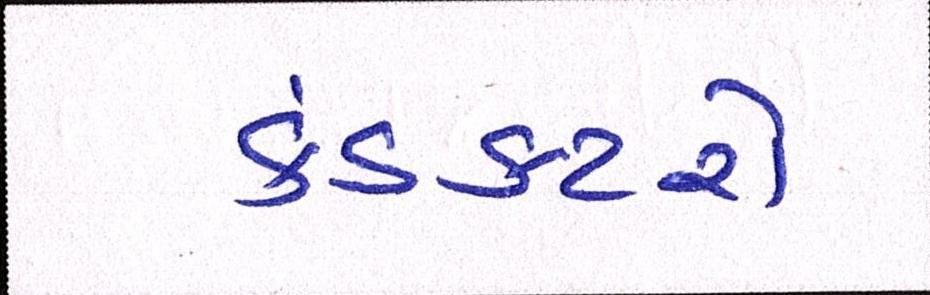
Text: કંડકટરો